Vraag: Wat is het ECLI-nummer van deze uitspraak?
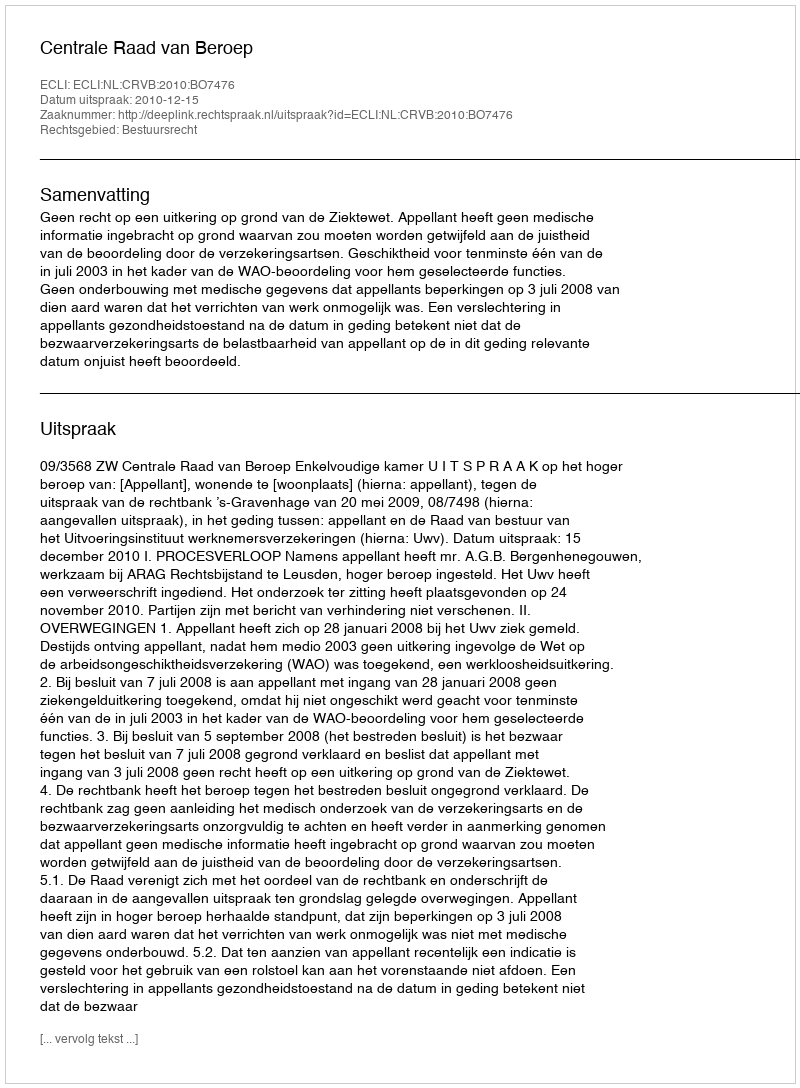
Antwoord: ECLI:NL:CRVB:2010:BO7476